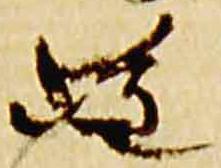
雖